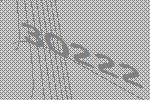
30222